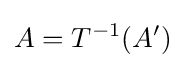
A=T^{-1}(A')